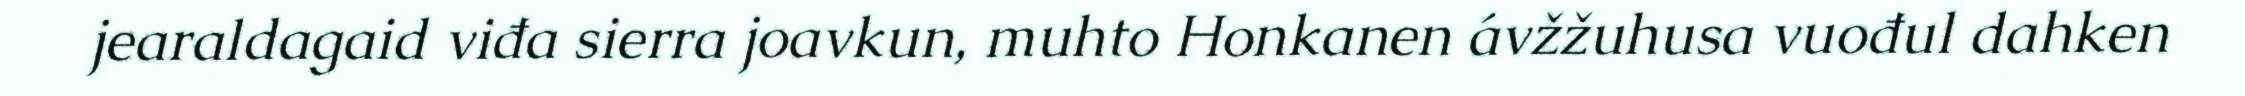
jearaldagaid viđa sierra joavkun, muhto Honkanen ávžžuhusa vuođul dahken